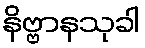
နိဗ္ဗာနသုခါ